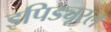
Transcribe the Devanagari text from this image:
इपिड्यूरल